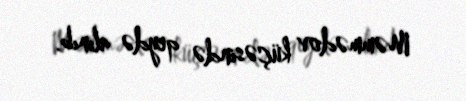
Məmmədov küçəsində qeydə alınıb.